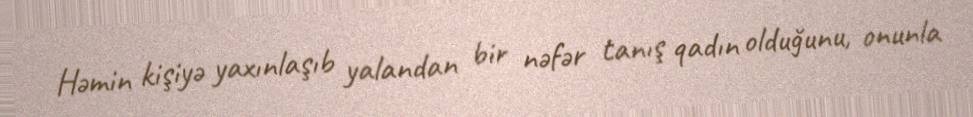
Həmin kişiyə yaxınlaşıb yalandan bir nəfər tanış qadın olduğunu, onunla